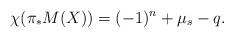
LaTeX: \begin{align*}\chi(\pi_* M(X)) = (-1)^n + \mu_s - q.\end{align*}